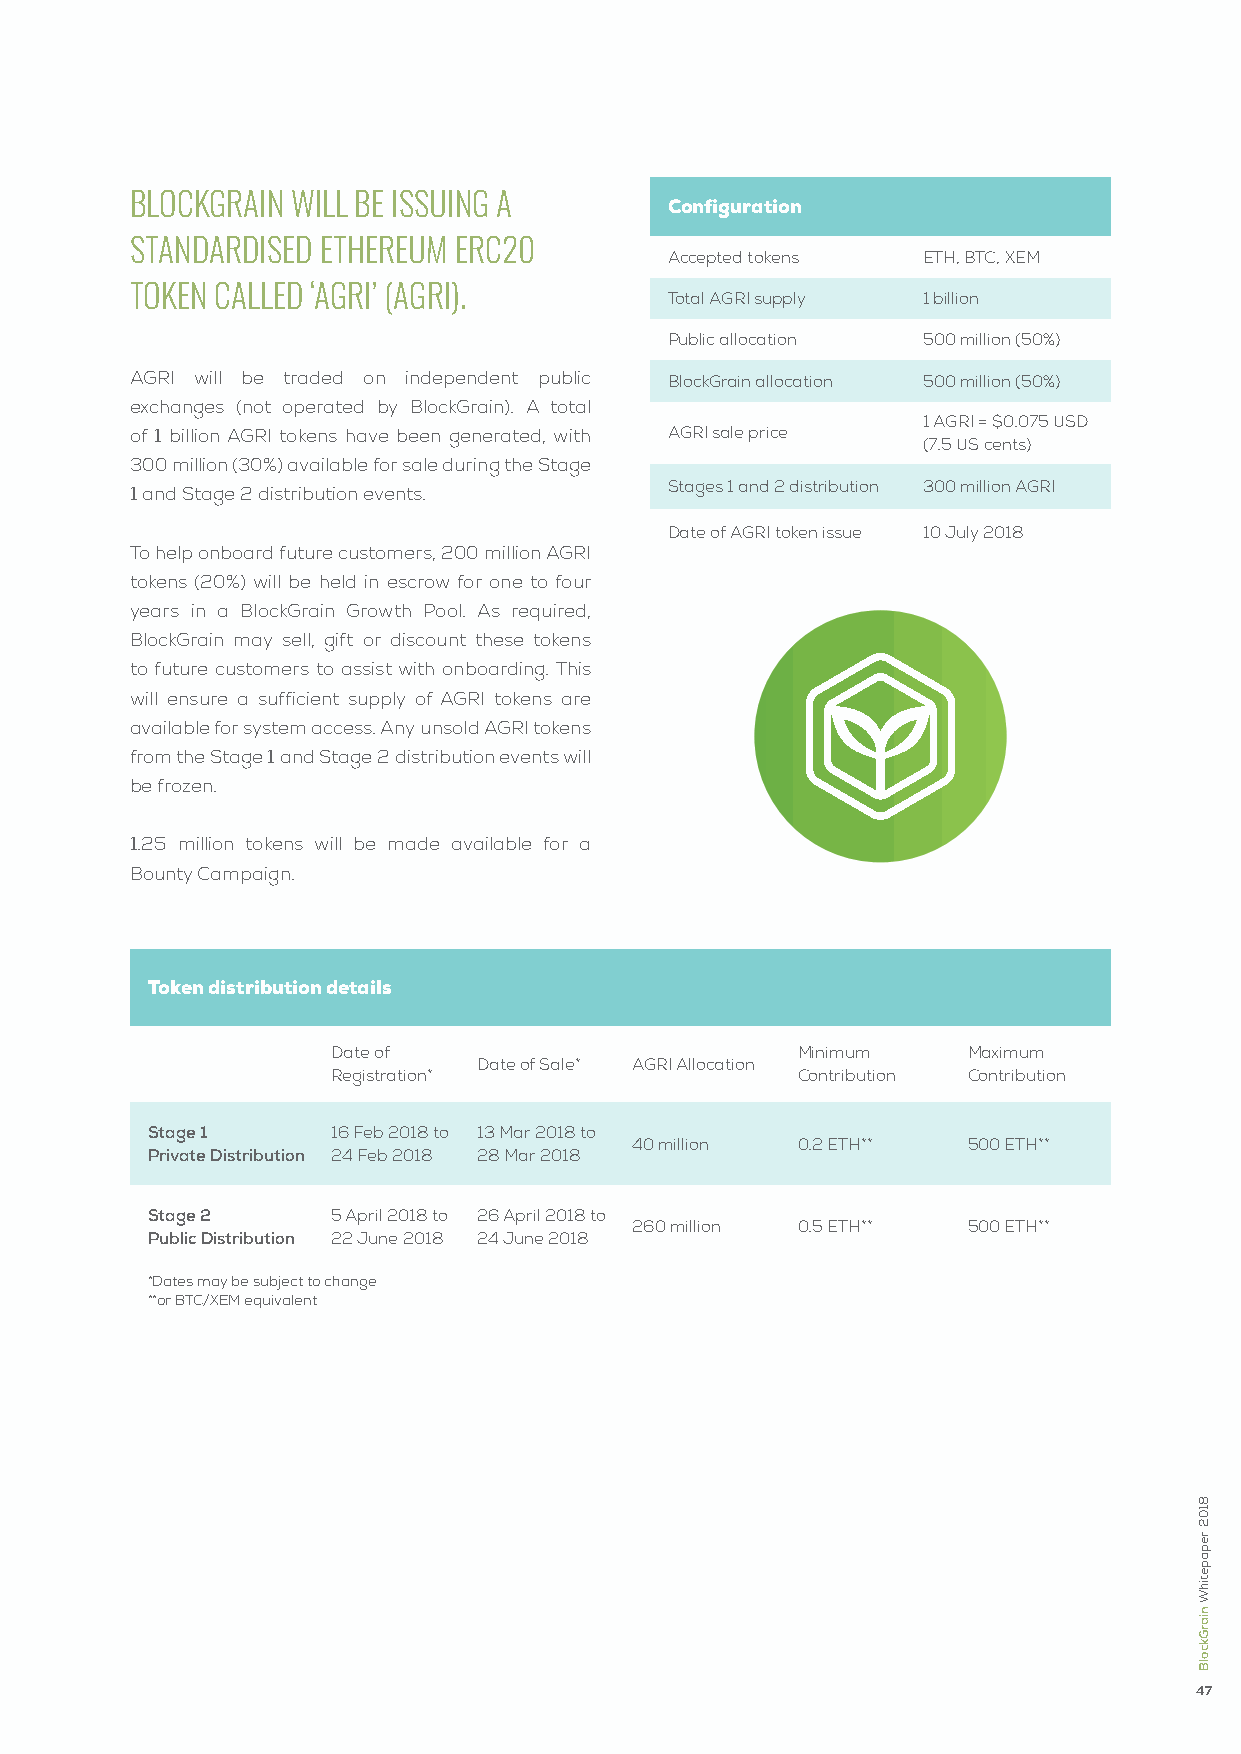
BlockGrain will Be issuinG a
 configuration
 standardised ethereum erc20
 Accepted tokens  ETH, BTC, XEM
 token called ‘aGri’ (aGri).
 Total AGRI supply 1 billion
 Public allocation 500 million (50%)
 AGRI will be traded on independent public BlockGrain allocation 500 million (50%)
 exchanges (not operated by BlockGrain). A total
 1 AGRI = $0.075 USD
 of 1 billion AGRI tokens have been generated, with AGRI sale price
 (7.5 US cents)
 300 million (30%) available for sale during the Stage
 Stages 1 and 2 distribution 300 million AGRI
 1 and Stage 2 distribution events.
 Date of AGRI token issue 10 July 2018
 To help onboard future customers, 200 million AGRI
 tokens (20%) will be held in escrow for one to four
 years in a BlockGrain Growth Pool. As required,
 BlockGrain may sell, gift or discount these tokens
 to future customers to assist with onboarding. This
 will ensure a sufficient supply of AGRI tokens are
 available for system access. Any unsold AGRI tokens
 from the Stage 1 and Stage 2 distribution events will
 be frozen.
 1.25 million tokens will be made available for a
 Bounty Campaign.
 token distribution details
 Date of                        Minimum    Maximum
 Date of Sale* AGRI Allocation
 Registration*                  Contribution Contribution
 Stage 1     16 Feb 2018 to 13 Mar 2018 to
 40 million 0.2 ETH**  500 ETH**
 Private Distribution 24 Feb 2018 28 Mar 2018
 Stage 2     5 April 2018 to 26 April 2018 to
 260 million 0.5 ETH** 500 ETH**
 Public Distribution 22 June 2018 24 June 2018
 *Dates may be subject to change
 **or BTC/XEM equivalent
 47
 8102
 repapetihW
 niarGkcolB